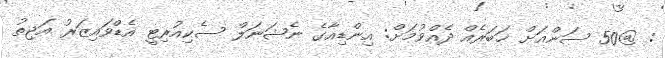
: @50 ސަންއަށް ޚަބަރެއް ދެއްވުމަށް: އިންޑިއާގެ ނެޝަނަލް ސެކިއުރިޓީ އެޑްވައިޒަރު އަޖިތު